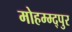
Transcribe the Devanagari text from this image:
मोहम्म्द्पुर